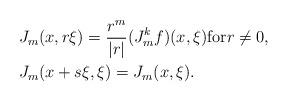
LaTeX: \begin{align*}&J_m(x,r\xi) = \frac{r^{m}}{|r|} (J_m^k f)(x, \xi) \mbox{for} r\neq 0,\\&J_m(x+s\xi,\xi)= J_m(x,\xi).\end{align*}